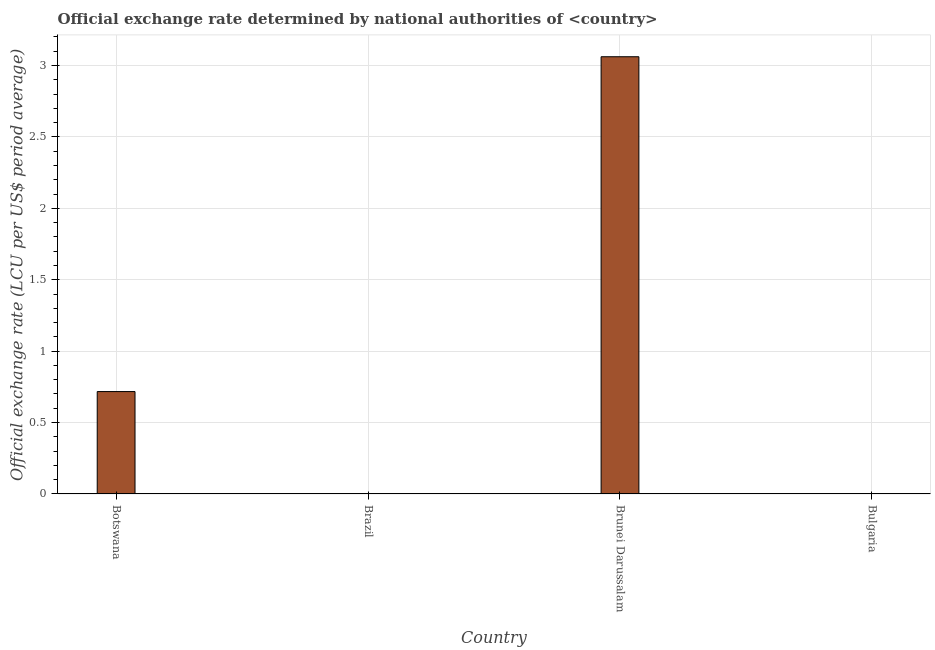
| Country | Official exchange rate |
 | --- | --- |
 | Botswana | 0.717 |
 | Brazil | 9.61e-13 |
 | Brunei Darussalam | 3.06 |
 | Bulgaria | 0.00117 |